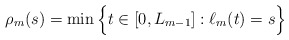
\begin{align*}\rho_m(s) = \min \Big\{ t \in [0,L_{m-1}] : \ell_m(t) = s \Big\}\end{align*}